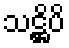
သဋ္ဌိပိ